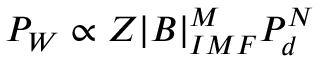
P _ { W } \propto Z | B | _ { I M F } ^ { M } P _ { d } ^ { N }